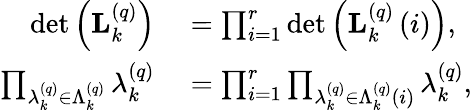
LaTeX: \begin{array}{rl}{\operatorname*{det}\left(\mathbf{L}_{k}^{\left(q\right)}\right)}&{{}=\prod_{i=1}^{r}\operatorname*{det}\left(\mathbf{L}_{k}^{\left(q\right)}\left(i\right)\right),}\\ {\prod_{\lambda_{k}^{\left(q\right)}\in\Lambda_{k}^{\left(q\right)}}\lambda_{k}^{\left(q\right)}}&{{}=\prod_{i=1}^{r}\prod_{\lambda_{k}^{\left(q\right)}\in\Lambda_{k}^{\left(q\right)}\left(i\right)}\lambda_{k}^{\left(q\right)},}\end{array}